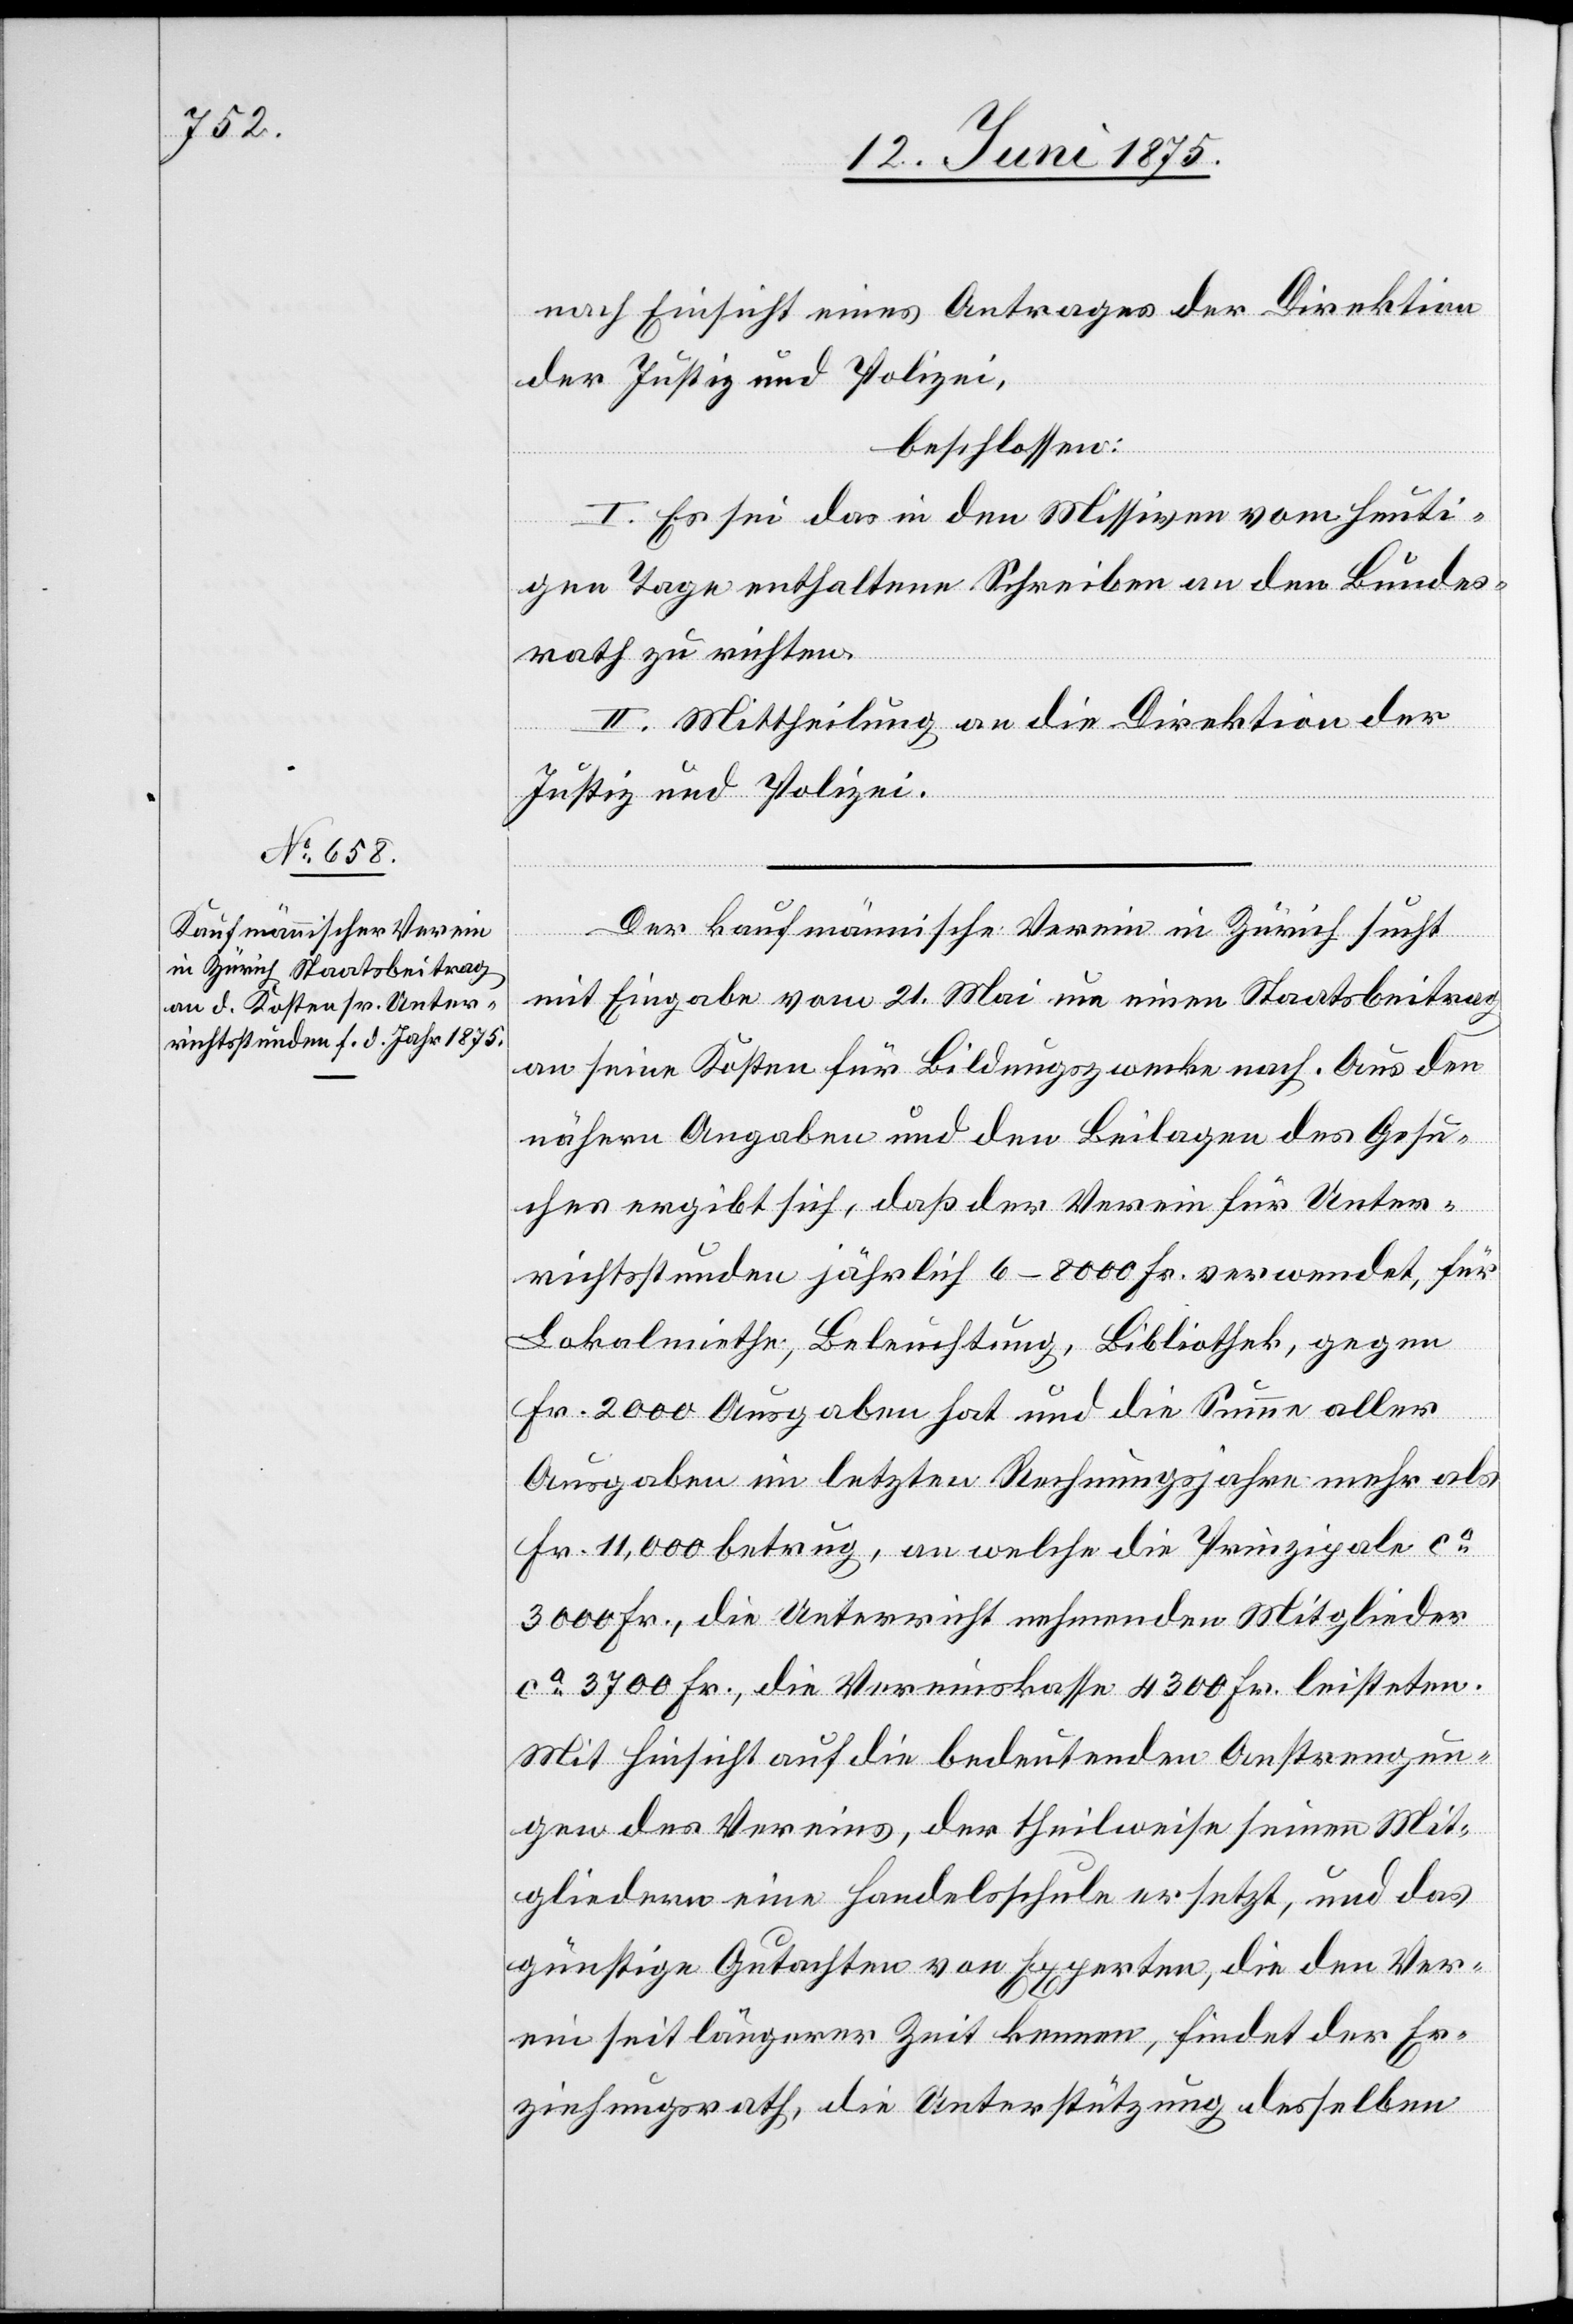
nach Einsicht eines Antrages der Direktion
der Justiz und Polizei,
beschlossen:
I. Es sei das in den Missiven vom heuti¬
gen Tage enthaltene Schreiben an den Bundes¬
rath zu richten.
II. Mittheilung an die Direktion der
Justiz und Polizei.
Der kaufmännische Verein on Zürich sucht
mit Eingabe vom 21. Mai um einen Staatsbeitrag
an seine Kosten für Bildungszwecke nach. Aus den
nähern Angaben und den Beilagen des Gesu¬
ches ergibt sich, daß der Verein für Unter¬
richtsstunden jährlich 6–8000 Fr. verwendet, für
Lokalmiethe, Beleuchtung, Bibliothek, gegen
Fr. 2000 Ausgaben hat und die Summe aller
Ausgaben im letzten Regierungsjahre mehr als
Fr. 11,000 betrug, an welche die Prinzipale
ca 3000 Fr., die Vereinskasse 4300 Fr. leisteten.
Mit Hinsicht auf die bedeutende Anstrengun¬
gen des Vereins, der theilweise seinen Mit¬
gliedern eine Handelsschule ersetzt, und das
günstige Gutachten von Experten, die den Ver¬
ein seit längerer Zeit kennen, findet der Er¬
ziehungsrath, die Unterstützung derselben